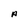
Character: A